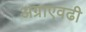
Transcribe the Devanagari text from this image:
अग्राएवढी